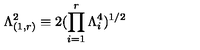
\Lambda _ { ( 1 , r ) } ^ { 2 } \equiv 2 ( \prod _ { i = 1 } ^ { r } \Lambda _ { i } ^ { 4 } ) ^ { 1 / 2 }